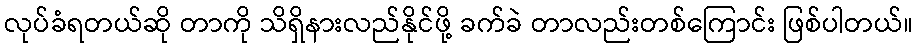
လုပ်ခံရတယ်ဆို တာကို သိရှိနားလည်နိုင်ဖို့ ခက်ခဲ တာလည်းတစ်ကြောင်း ဖြစ်ပါတယ်။